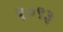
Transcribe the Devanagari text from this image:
६०९३